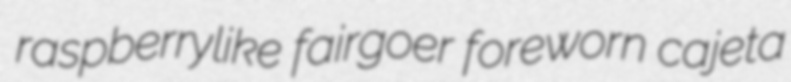
raspberrylike fairgoer foreworn cajeta